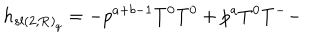
h _ { { s l ( 2 , { \bf R } ) } _ { q } } = - p ^ { a + b - 1 } T ^ { 0 } T ^ { 0 } + p ^ { a } T ^ { 0 } T ^ { - } -